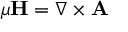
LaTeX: \mu \mathbf { H } = \nabla \times \mathbf { A }